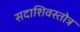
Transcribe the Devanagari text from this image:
सदाशिवस्तोत्र